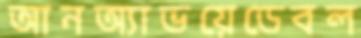
আনঅ্যাভয়েডেবল